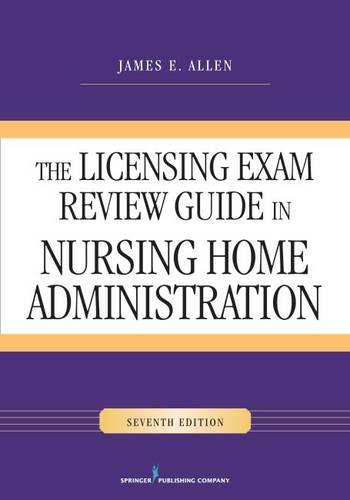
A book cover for The Licensing Exam Review Guide in Nursing Home Administration, Seventh Edition; James E. Allen PhD  MSPH  NHA  IP; Medical Books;